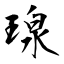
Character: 瑔